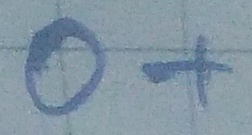
Text: O+